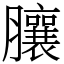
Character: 䑋